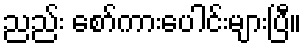
ညည်း စော်ကားပေါင်းများပြီ။